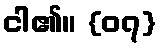
ငါ၏။ {၀၇}